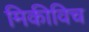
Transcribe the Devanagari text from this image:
मिकीविच